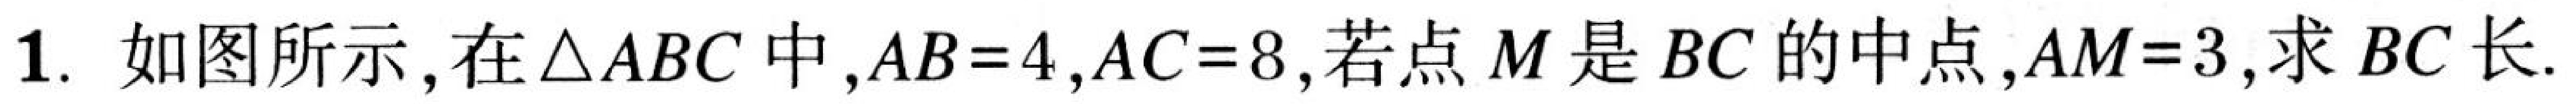
1. 如图所示，在\(\triangle ABC\)中，\(AB = 4\)，\(AC = 8\)，若点\(M\)是\(BC\)的中点，\(AM = 3\)，求\(BC\)长.